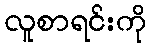
လူစာရင်းကို